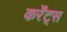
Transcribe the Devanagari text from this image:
कर्रेंट्स